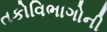
તકોવિભાગોની